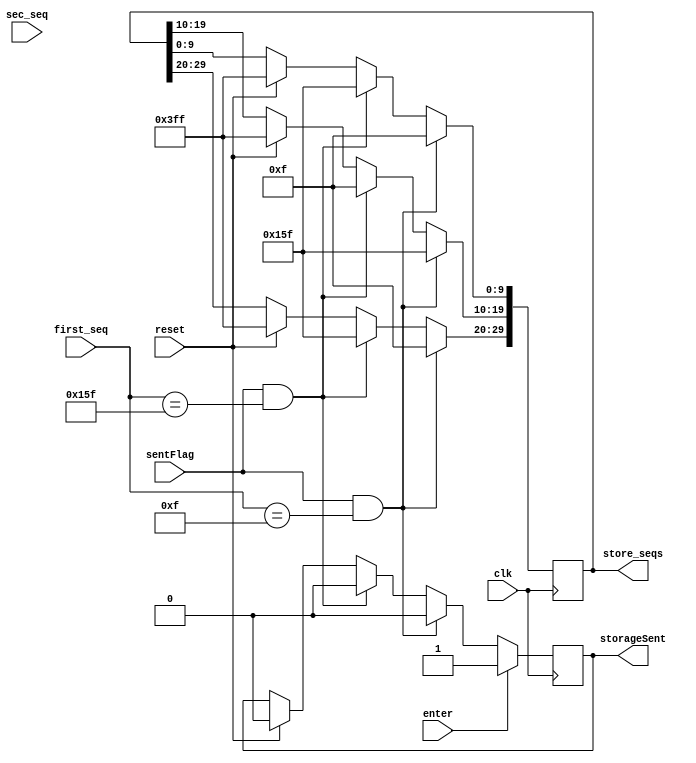

module sequence_storage(
    input clk,
    input reset, enter, sentFlag,  // Inputs Reset, Enter, and SentFlag
    input [9:0] first_seq, sec_seq,  // Input sequences from sequence separator module
    output reg [29:0] store_seqs = {30{1'b1}},  // Output of storage content
    output reg storageSent = 0
    );
    
    always @ (posedge clk) begin // Save sequences when flag is signaled
        if (reset == 1'b1) begin
            store_seqs <= {30{1'b1}}; //Assignes 1 to all bits of the storage
            storageSent <= 1'b0;
        end
        if (sentFlag == 1'b1 && first_seq == 10'b0000001111) begin // S sequence
            store_seqs[29:20] <= 10'b0000001111;
            store_seqs[19:10] <= 10'b0101011111;
            store_seqs[9:0] <= 10'b0000001111;
            storageSent <= 1'b0;
        end
        else if (sentFlag == 1'b1 && first_seq == 10'b0101011111) begin // O sequence
            store_seqs[29:20] <= 10'b0101011111;
            store_seqs[19:10] <= 10'b0000001111;
            store_seqs[9:0] <= 10'b0101011111;
            storageSent <= 1'b0;
        end
        if (enter == 1'b1) begin // O sequence
            storageSent <= 1'b1;
        end
     end
endmodule



//module sequence_storage(
//    input clk,
//    input reset, enter, sentFlag,  // Inputs Reset, Enter, and SentFlag
//    input [9:0] first_seq, sec_seq,  // Input sequences from sequence separator module
//    output reg [29:0] store_seqs = {30{1'b1}},  // Output of storage content
//    output reg storageSent = 0
//    );
    
//    reg [2:0] state = 3'b000; // State variable to represent the current state
//    parameter S0=3'b000, S1=3'b001, S2=3'b010, S3=3'b011, S4=3'b100, S5=3'b101, S6=3'b110, S7=3'b111;
    
//    always @ (posedge clk) begin // Save sequences when flag is signaled
//        if (reset == 1'b1) begin
//            store_seqs <= {30{1'b1}}; //Assignes 1 to all bits of the storage
//            storageSent <= 1'b0;
//            state <= S0;
//        end
//        case (state)
//            S0: begin
//                    if (sentFlag == 1'b1 && first_seq == 10'b0000001111) begin // S sequence
//                        state <= S1;
//                        store_seqs[29:20] <= 10'b0000001111;
//                        store_seqs[19:10] <= 10'b1111111111;
//                        store_seqs[9:0] <= 10'b1111111111;
//                        storageSent <= 1'b0;
//                    end
//                    else if (sentFlag == 1'b1 && first_seq == 10'b0101011111) begin // O sequence
//                        state <= S1;
//                        store_seqs[29:20] <= 10'b0101011111;
//                        store_seqs[19:10] <= 10'b1111111111;
//                        store_seqs[9:0] <= 10'b1111111111;
//                        storageSent <= 1'b0;
//                    end
//                end
//            S1: begin
//                    if (sentFlag == 1'b1 && first_seq == 10'b0101011111) begin // O sequence
//                        state <= S2;
//                        store_seqs[29:20] <= 10'b0000001111;
//                        store_seqs[19:10] <= 10'b0101011111;
//                        store_seqs[9:0] <= 10'b1111111111;
//                        storageSent <= 1'b0;
//                    end
//                    else if (sentFlag == 1'b1 && first_seq == 10'b0000001111) begin // S sequence
//                        state <= S2;
//                        store_seqs[29:20] <= 10'b0101011111;
//                        store_seqs[19:10] <= 10'b0000001111;
//                        store_seqs[9:0] <= 10'b1111111111;
//                        storageSent <= 1'b0;
//                    end
//                end
//            S2: begin
//                    if (sentFlag == 1'b1 && first_seq == 10'b0000001111) begin // S sequence
//                        state <= S3;
//                        store_seqs[29:20] <= 10'b0000001111;
//                        store_seqs[19:10] <= 10'b0101011111;
//                        store_seqs[9:0] <= 10'b0000001111;
//                        storageSent <= 1'b0;
//                    end
//                    else if (sentFlag == 1'b1 && first_seq == 10'b0101011111) begin // O sequence
//                        state <= S3;
//                        store_seqs[29:20] <= 10'b0101011111;
//                        store_seqs[19:10] <= 10'b0000001111;
//                        store_seqs[9:0] <= 10'b0101011111;
//                        storageSent <= 1'b0;
//                    end
//                end
//            S3: begin
//                    if (enter == 1'b1) begin
//                        state <= S3; // Keep outputing the content of storage whenever enter is pressed
//                    end
//                end
//        endcase
//        if (enter == 1'b1) begin
//            storageSent <= 1'b1;
//        end
//     end
//endmodule